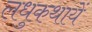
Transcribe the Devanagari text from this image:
लधुकथायें